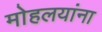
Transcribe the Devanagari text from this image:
माेहलयांना